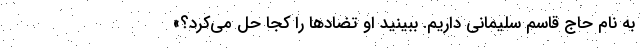
به نام حاج قاسم سلیمانی داریم. ببینید او تضادها را کجا حل می‌کرد؟»